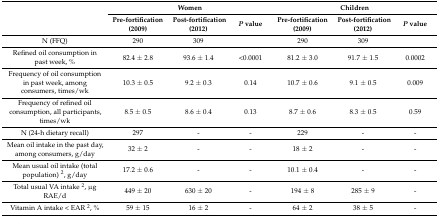
<table><thead><tr><td rowspan="2"></td><td colspan="3"><b>Women</b></td><td colspan="3"><b>Children</b></td></tr><tr><td><b>Pre-fortification (2009)</b></td><td><b>Post-fortification (2012)</b></td><td><b><i>P</i> value</b></td><td><b>Pre-fortification (2009)</b></td><td><b>Post-fortification (2012)</b></td><td><b><i>P</i> value</b></td></tr></thead><tbody><tr><td>N (FFQ)</td><td>290</td><td>309</td><td></td><td>290</td><td>309</td><td></td></tr><tr><td>Refined oil consumption in past week, %</td><td>82.4 ± 2.8</td><td>93.6 ± 1.4</td><td>&lt;0.0001</td><td>81.2 ± 3.0</td><td>91.7 ± 1.5</td><td>0.0002</td></tr><tr><td>Frequency of oil consumption in past week, among consumers, times/wk</td><td>10.3 ± 0.5</td><td>9.2 ± 0.3</td><td>0.14</td><td>10.7 ± 0.6</td><td>9.1 ± 0.5</td><td>0.009</td></tr><tr><td>Frequency of refined oil consumption, all participants, times/wk</td><td>8.5 ± 0.5</td><td>8.6 ± 0.4</td><td>0.13</td><td>8.7 ± 0.6</td><td>8.3 ± 0.5</td><td>0.59</td></tr><tr><td>N (24-h dietary recall)</td><td>297</td><td>-</td><td>-</td><td>229</td><td>-</td><td>-</td></tr><tr><td>Mean oil intake in the past day, among consumers, g/day</td><td>32 ± 2</td><td>-</td><td>-</td><td>18 ± 2</td><td>-</td><td>-</td></tr><tr><td>Mean usual oil intake (total population) <sup>2</sup>, g/day</td><td>17.2 ± 0.6</td><td>-</td><td>-</td><td>10.1 ± 0.4</td><td>-</td><td>-</td></tr><tr><td>Total usual VA intake <sup>2</sup>, μg RAE/d</td><td>449 ± 20</td><td>630 ± 20</td><td>-</td><td>194 ± 8</td><td>285 ± 9</td><td>-</td></tr><tr><td>Vitamin A intake &lt; EAR <sup>2</sup>, %</td><td>59 ± 15</td><td>16 ± 2</td><td>-</td><td>64 ± 2</td><td>38 ± 5</td><td>-</td></tr></tbody></table>